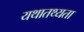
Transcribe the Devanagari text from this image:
यथातथ्‍यता